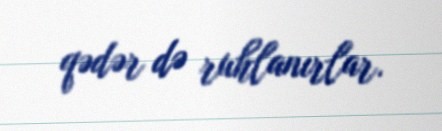
qədər də ruhlanırlar.